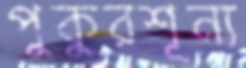
পুকুরশূন্য